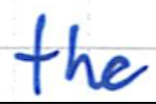
Text: the
Cross-out: clean
Writing tool: ballpoint